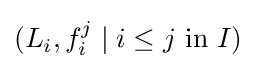
(L_{i},f_{i}^{j}\mid i\leq j{\text{ in }}I)